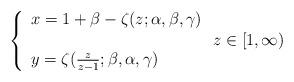
LaTeX: \begin{align*}\left\{\begin{array}{l}x=1+\beta-\zeta(z;\alpha,\beta,\gamma)\\\\y=\zeta(\frac{z}{z-1};\beta,\alpha,\gamma) \end{array}\right.z\in[1,\infty)\end{align*}